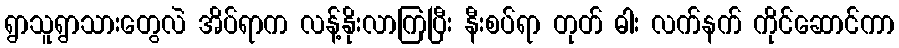
ရွာသူရွာသားတွေလဲ အိပ်ရာက လန့်နိုးလာကြပြီး နီးစပ်ရာ တုတ် ဓါး လက်နက် ကိုင်ဆောင်ကာ